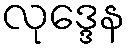
လုဒ္ဒေန